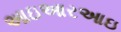
આઇઆરઆઇ